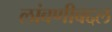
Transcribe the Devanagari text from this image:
लांबणीबद्दल